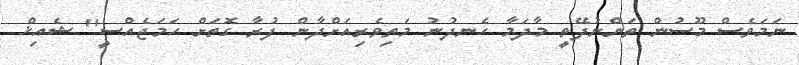
ނަމަވެސް މޫސުން ތަންނުދޭތީ މާދަމާ ހެނދުނު މަތިވެރިއަށްދާން ފުރާ ގޮތަށް ހަމަޖެއްސީ" ޝެއިޚް